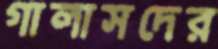
গালাসদের